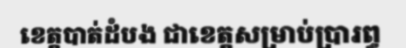
ខេត្តបាត់ដំបង ជាខេត្តសម្រាប់ប្រារព្ធ